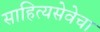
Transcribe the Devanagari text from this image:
साहित्यसेवेचा